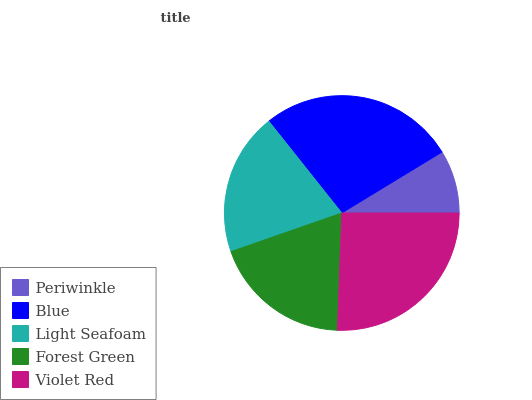
| Periwinkle | Blue | Light Seafoam | Forest Green | Violet Red |
 | --- | --- | --- | --- | --- |
 | 8.7% | 27% | 19.6% | 19.1% | 25.6% |